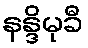
နန္ဒိမုခီ